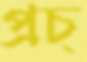
প্রচ্